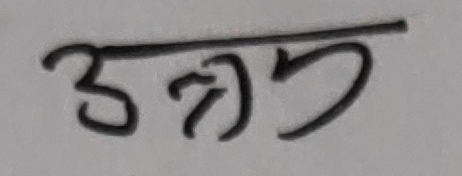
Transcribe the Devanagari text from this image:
अझै